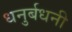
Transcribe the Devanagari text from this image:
धनुर्बधनी